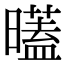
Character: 𣋞